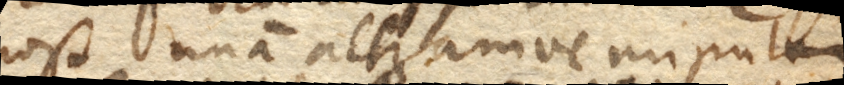
post unam alteramve minutam